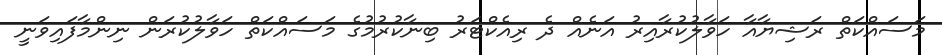
މަސައްކަތް ރަޝިޔާއާ ހަވާލުކުރާއިރު އަނެއް ދެ ރިއެކްޓަރު ބިނާކުރުމުގެ މަސައްކަތް ހަވާލުކުރަން ނިންމާފައިވަނީ